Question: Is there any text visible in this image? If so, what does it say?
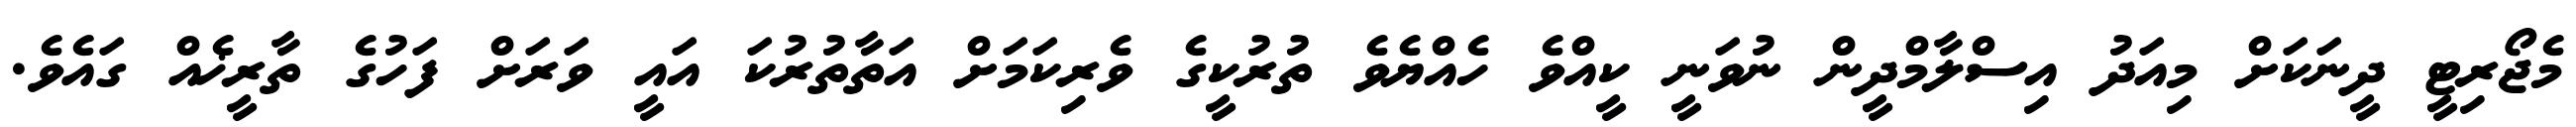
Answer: މެޖޯރިޓީ ދީނަކަށް މިއަދު އިސްލާމްދީން ނުވަނީ ކީއްވެ ހެއްޔެވެ ތުރުކީގެ ވެރިކަމަށް އަތާތުރުކަ އައީ ވަރަށް ފަހުގެ ތާރީޚެއް ގައެވެ.